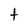
Character: t